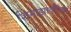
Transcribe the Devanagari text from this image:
शिमाझाकीच्या